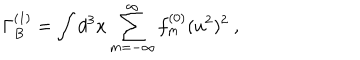
\Gamma _ { B } ^ { ( 1 ) } = \int d ^ { 3 } x \sum _ { m = - \infty } ^ { \infty } f _ { m } ^ { ( 0 ) } ( u ^ { 2 } ) ^ { 2 } \ ,